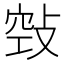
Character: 𢽦